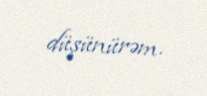
düşünürəm.